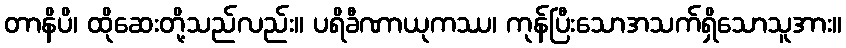
တာနိပိ၊ ထိုဆေးတို့သည်လည်း။ ပရိခီဏာယုကဿ၊ ကုန်ပြီးသောအသက်ရှိသောသူအား။